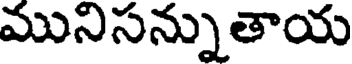
మునిసన్నుతాయ